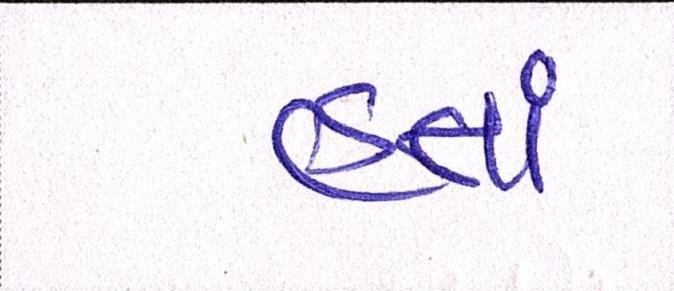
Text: હતાં